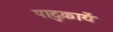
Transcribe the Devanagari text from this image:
पादुकायें